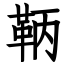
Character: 鞆